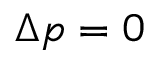
\Delta p = 0